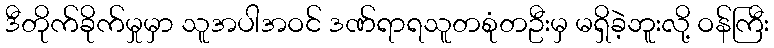
ဒီတိုက်ခိုက်မှုမှာ သူအပါအဝင် ဒဏ်ရာရသူတစုံတဦးမှ မရှိခဲ့ဘူးလို့ ဝန်ကြီး